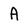
Character: A